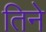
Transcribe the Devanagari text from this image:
तिनेे